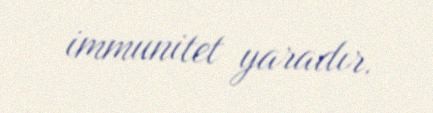
immunitet yaradır.